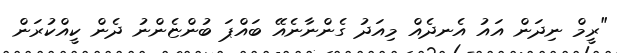
"ރީމް ނިދަން އައު އެނދެއް މިއަދު ގެންނާނެއޭ ބައްޕަ ބުންޏެންނު ދެން ކީއްކުރަން